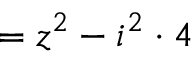
= z ^ { 2 } - i ^ { 2 } \cdot 4